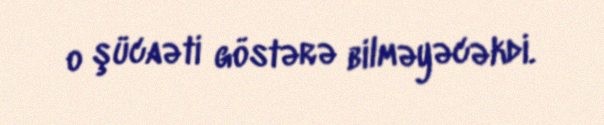
o şücaəti göstərə bilməyəcəkdi.